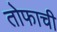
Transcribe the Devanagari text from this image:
तोफाची